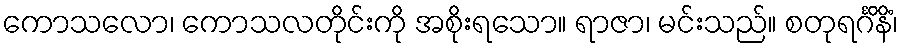
ကောသလော၊ ကောသလတိုင်းကို အစိုးရသော။ ရာဇာ၊ မင်းသည်။ စတုရင်္ဂိနိံ၊